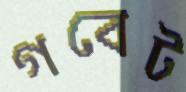
গবেট